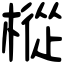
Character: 樅